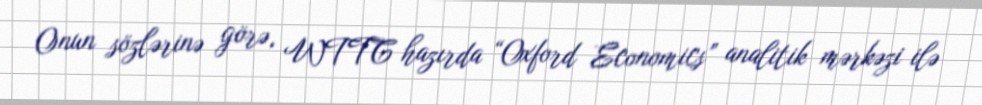
Onun sözlərinə görə, WTTC hazırda “Oxford Economics” analitik mərkəzi ilə